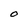
Character: O